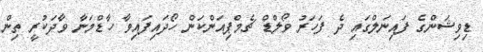
ޑިވިޝަންގެ ފައިނަލްގައި ދެ ފަހަރު ވޯލްޑް ޗެމްޕިއަންކަން ހޯދައިފައިވާ ހާޑްމަނާ ވާދަކުރީ ތިން